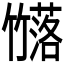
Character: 𮆗